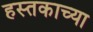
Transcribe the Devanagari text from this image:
हस्तकाच्या